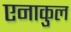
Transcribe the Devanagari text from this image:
एनाकुल